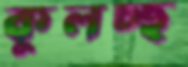
কুলচ্ছ